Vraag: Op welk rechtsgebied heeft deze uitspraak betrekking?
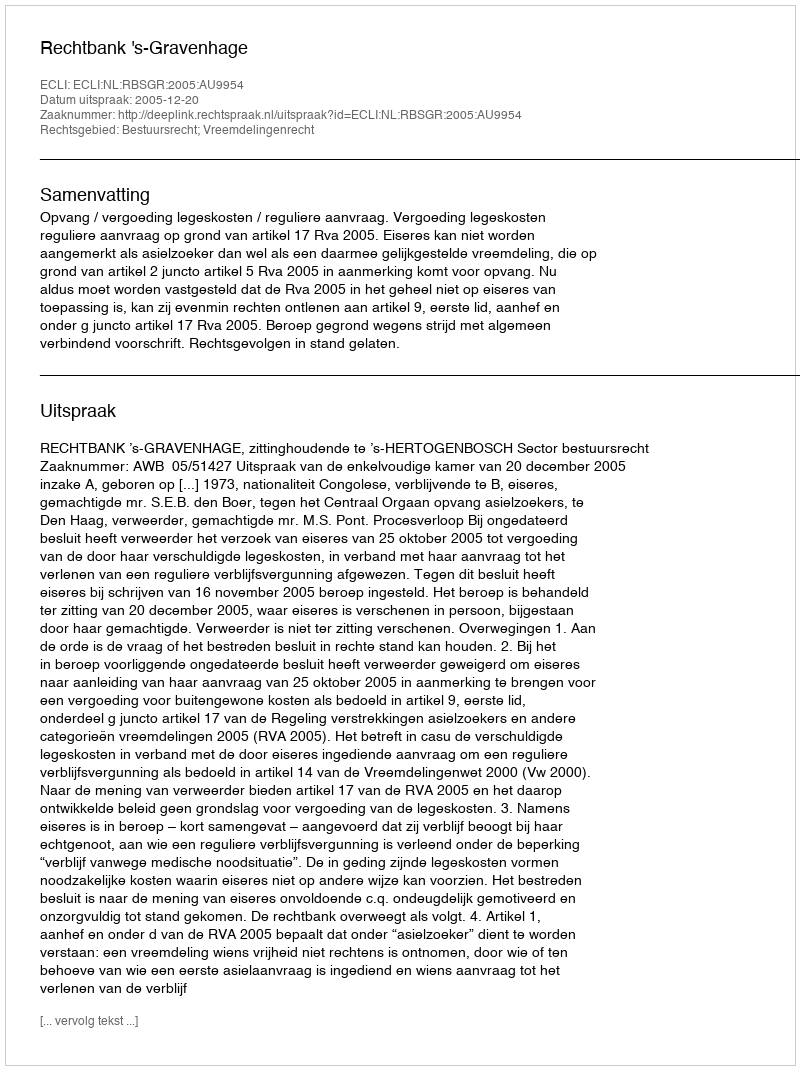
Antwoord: Bestuursrecht; Vreemdelingenrecht